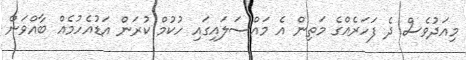
މިއަދުވެސް ދެ ފަހަރެއްގެ މަތިން އެ މައްސަލައިގައި ހުކުމް ކުރަން އަޑުއެހުމެއް ބާއްވަން